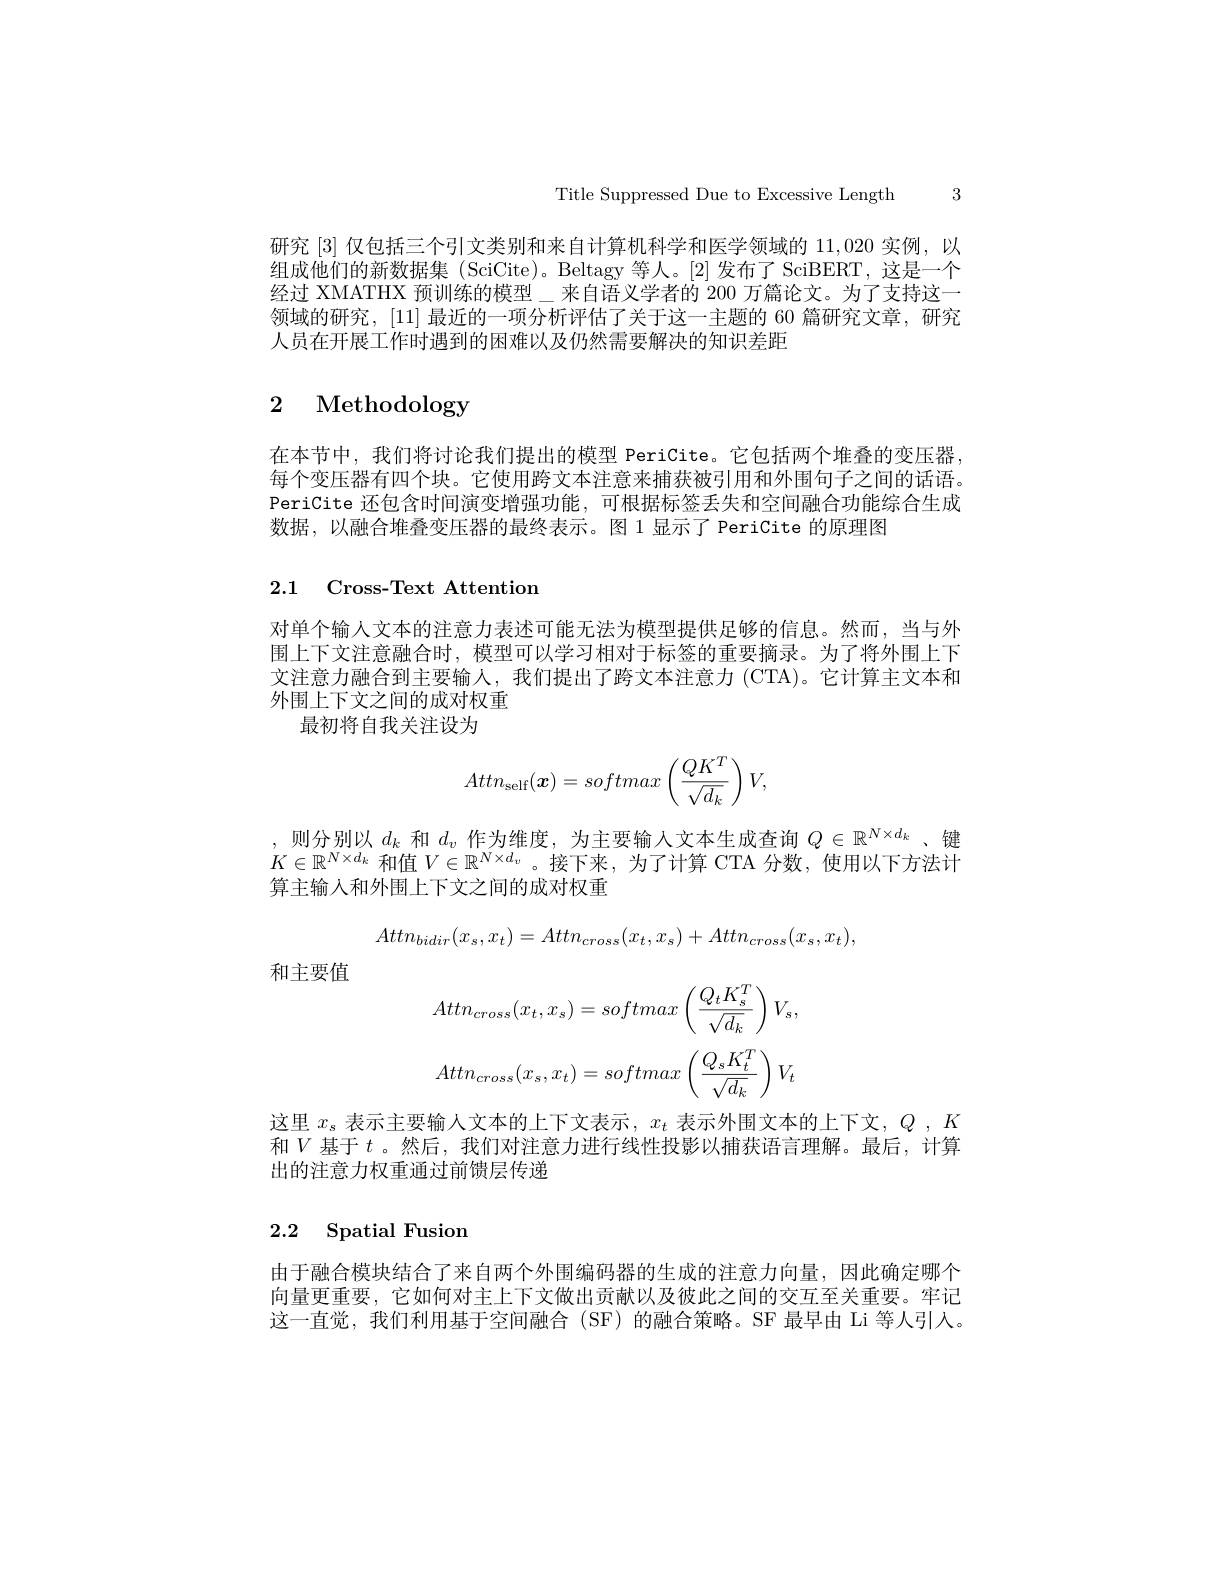
Title Suppressed Due to Excessive Length 3

研究[3]仅包括三个引文类别和来自计算机科学和医学领域的11，020实例，以组成他们的新数据集 (SciCite)。Beltagy 等人。[2] 发布了 SciBERT, 这是一个经过 XMATHX 预训练的模型\_来自语义学者的 200 万篇论文。为了支持这一领域的研究，[11] 最近的一项分析评估了关于这一主题的 60 篇研究文章，研究人员在开展工作时遇到的困难以及仍然需要解决的知识差距

# 2 Methodology

在本节中，我们将讨论我们提出的模型 PeriCite。它包括两个堆叠的变压器每个变压器有四个块。它使用跨文本注意来捕获被引用和外围句子之间的话语。PeriCite 还包含时间演变增强功能，可根据标签丢失和空间融合功能综合生成数据，以融合堆叠变压器的最终表示。图1显示了 PeriCite 的原理图

2.1 Cross-Text Attention

对单个输人文本的注意力表述可能无法为模型提供足够的信息。然而，当与外围上下文注意融合时，模型可以学习相对于标签的重要摘录。为了将外围上下文注意力融合到主要输人，我们提出了跨文本注意力 (CTA)。它计算主文本和外围上下文之间的成对权重
最初将自我关注设为
$$Attn_{\mathrm{self}}(\boldsymbol{x})=softmax\left(\frac{QK^T}{\sqrt{d_k}}\right)V,$$
$\begin{array}{l},&\text{则分别以 }d_k\text{ 和 }d_v\text{ 作为维度 },\text{ 为主要输入文本生成查询 }Q\in\mathbb{R}^{N\times d_k}\text{、键}\\K\in\mathbb{R}^{N\times d_k}\text{ 和值 }V\in\mathbb{R}^{N\times d_v}\text{ 。接下来，为了计算 CTA 分数，使用以下方法计}\end{array}$
算主输入和外围上下文之间的成对权重
$$Attn_{bidir}(x_s,x_t)=Attn_{cross}(x_t,x_s)+Attn_{cross}(x_s,x_t),$$
和主要值
$$Attn_{cross}(x_t,x_s)=softmax\left(\frac{Q_tK_s^T}{\sqrt{d_k}}\right)V_s,$$
$$Attn_{cross}(x_s,x_t)=softmax\left(\frac{Q_sK_t^T}{\sqrt{d_k}}\right)V_t$$
这里$x_{\mathrm{s}}$表示主要输人文本的上下文表示，$x_t$表示外围文本的上下文，$Q,K$ 和$V$ 基于 $t$ 。然后，我们对注意力进行线性投影以捕获语言理解。最后，计算出的注意力权重通过前馈层传递

## 2.2 Spatial Fusion

由于融合模块结合了来自两个外围编码器的生成的注意力向量，因此确定哪个向量更重要，它如何对主上下文做出贡献以及彼此之间的交互至关重要。牢记这一直觉，我们利用基于空间融合(SF)的融合策略。SF 最早由 Li 等人引人。